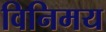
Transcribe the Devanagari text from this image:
विनिमय